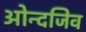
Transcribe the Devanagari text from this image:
ओन्दजिव